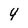
Character: 4